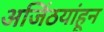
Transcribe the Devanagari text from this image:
अजिंठयांहून